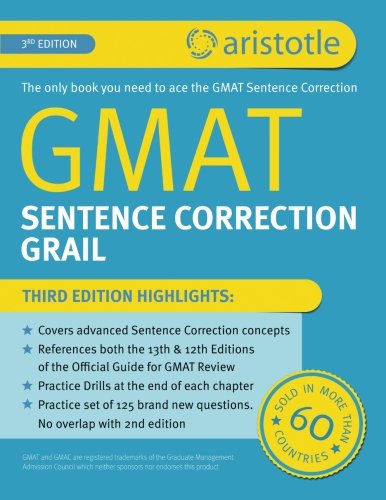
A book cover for GMAT Sentence Correction Grail 3rd edition; Aristotle Prep; Test Preparation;